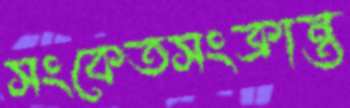
সংকেতসংক্রান্ত